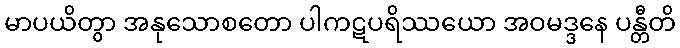
မာပယိတွာ အနုသောစတော ပါကဋပရိဿယော အဝမဒ္ဒနေ ပန္တီတိ